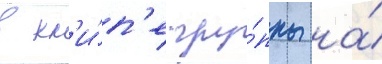
в кл'и́п'е гру́ппы на́